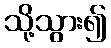
သို့သွား၍